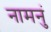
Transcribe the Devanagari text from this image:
नामनुं